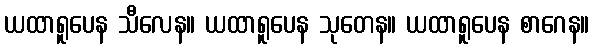
ယထာရူပေန သီလေန။ ယထာရူပေန သုတေန။ ယထာရူပေန စာဂေန။